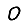
Digit: 0